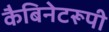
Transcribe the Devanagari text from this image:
कैबिनेटरूपी